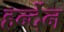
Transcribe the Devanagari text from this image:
हर्न्देन